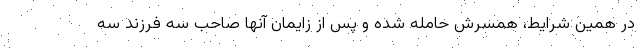
در همین شرایط، همسرش حامله شده و پس از زایمان آنها صاحب سه فرزند سه